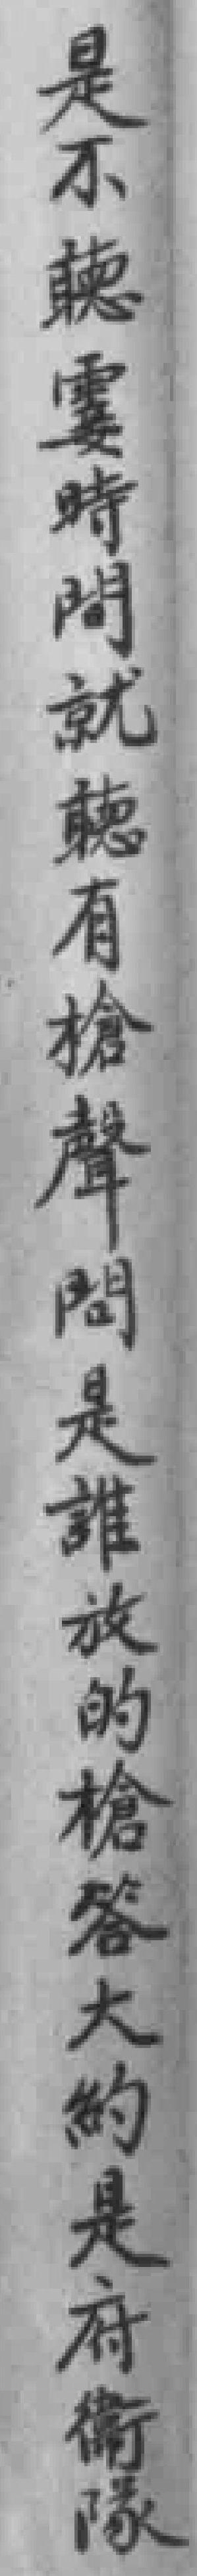
是不聼霎時間就聼有槍聲問是誰放的槍答大約是府衛隊